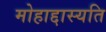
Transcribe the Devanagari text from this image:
मोहाद्दास्यति